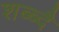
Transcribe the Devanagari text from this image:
शब्ब्दै